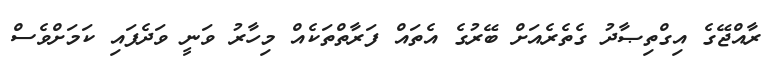
ރާއްޖޭގެ އިގްތިޞާދު ގެތެރެއަށް ބޭރުގެ އެތައް ފަރާތްތަކެއް މިހާރު ވަނީ ވަދެފައި ކަމަށްވެސް